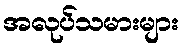
အလုပ်သမားများ